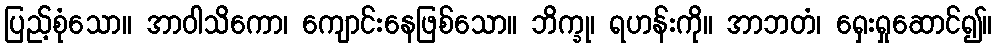
ပြည့်စုံသော။ အာဝါသိကော၊ ကျောင်းနေဖြစ်သော။ ဘိက္ခု၊ ရဟန်းကို။ အာဘတံ၊ ရှေးရှုဆောင်၍။